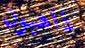
ذاهبون